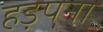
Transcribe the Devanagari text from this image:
हड़पना